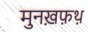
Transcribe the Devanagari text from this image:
मुनख़फ़थ़